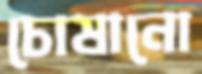
চোষানো